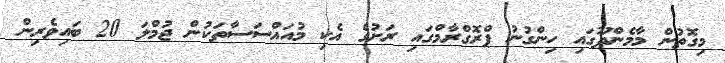
މިގޮތުން މާމެންދޫގައި ހިންގުނު ޕްރޮގްރާމްގައި ރަށުގެ އެކި މުއައްސަސާތަކުން ޖުމްލަ 20 ބައިވެރިން